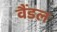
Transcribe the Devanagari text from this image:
वैंडल